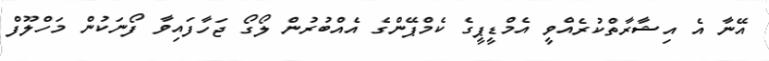
އޭނާ އެ އިޝާރާތްކުރެއްވީ އެމްޑީޕީގެ ކެމްޕޭންގެ އެއްބުރުން ލޯގޯ ޖަހާފައިވާ ފޯނަކުން މަހްލޫފް